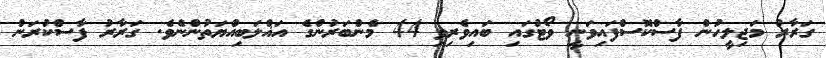
ގަރާރު މަޖިލީހުން ފާސްކޮސްފައިވަނީ ވޯޓުގައި ބައިވެރިވި 44 މެންބަރުންގެ އަޣްލަބިއްޔަތުންނެވެ. ގަރާރު ފާސްކުރަން